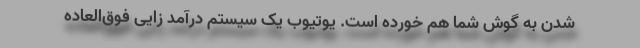
شدن به گوش شما هم خورده است. یوتیوب یک سیستم درآمد زایی فوق‌العاده